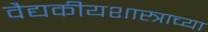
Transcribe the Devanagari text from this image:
वैद्यकीयशास्त्राच्या